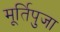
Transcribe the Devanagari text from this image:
मूर्तिपुजा